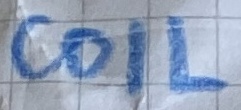
Text: COIL